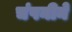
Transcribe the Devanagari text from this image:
चंपनीने